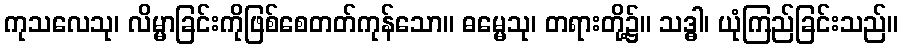
ကုသလေသု၊ လိမ္မာခြင်းကိုဖြစ်စေတတ်ကုန်သော။ ဓမ္မေသု၊ တရားတို့၌။ သဒ္ဓါ၊ ယုံကြည်ခြင်းသည်။